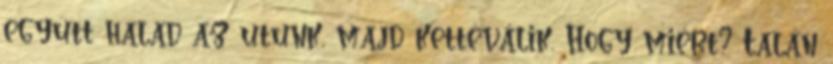
együtt halad az utunk, majd kettéválik. Hogy miért? Talán